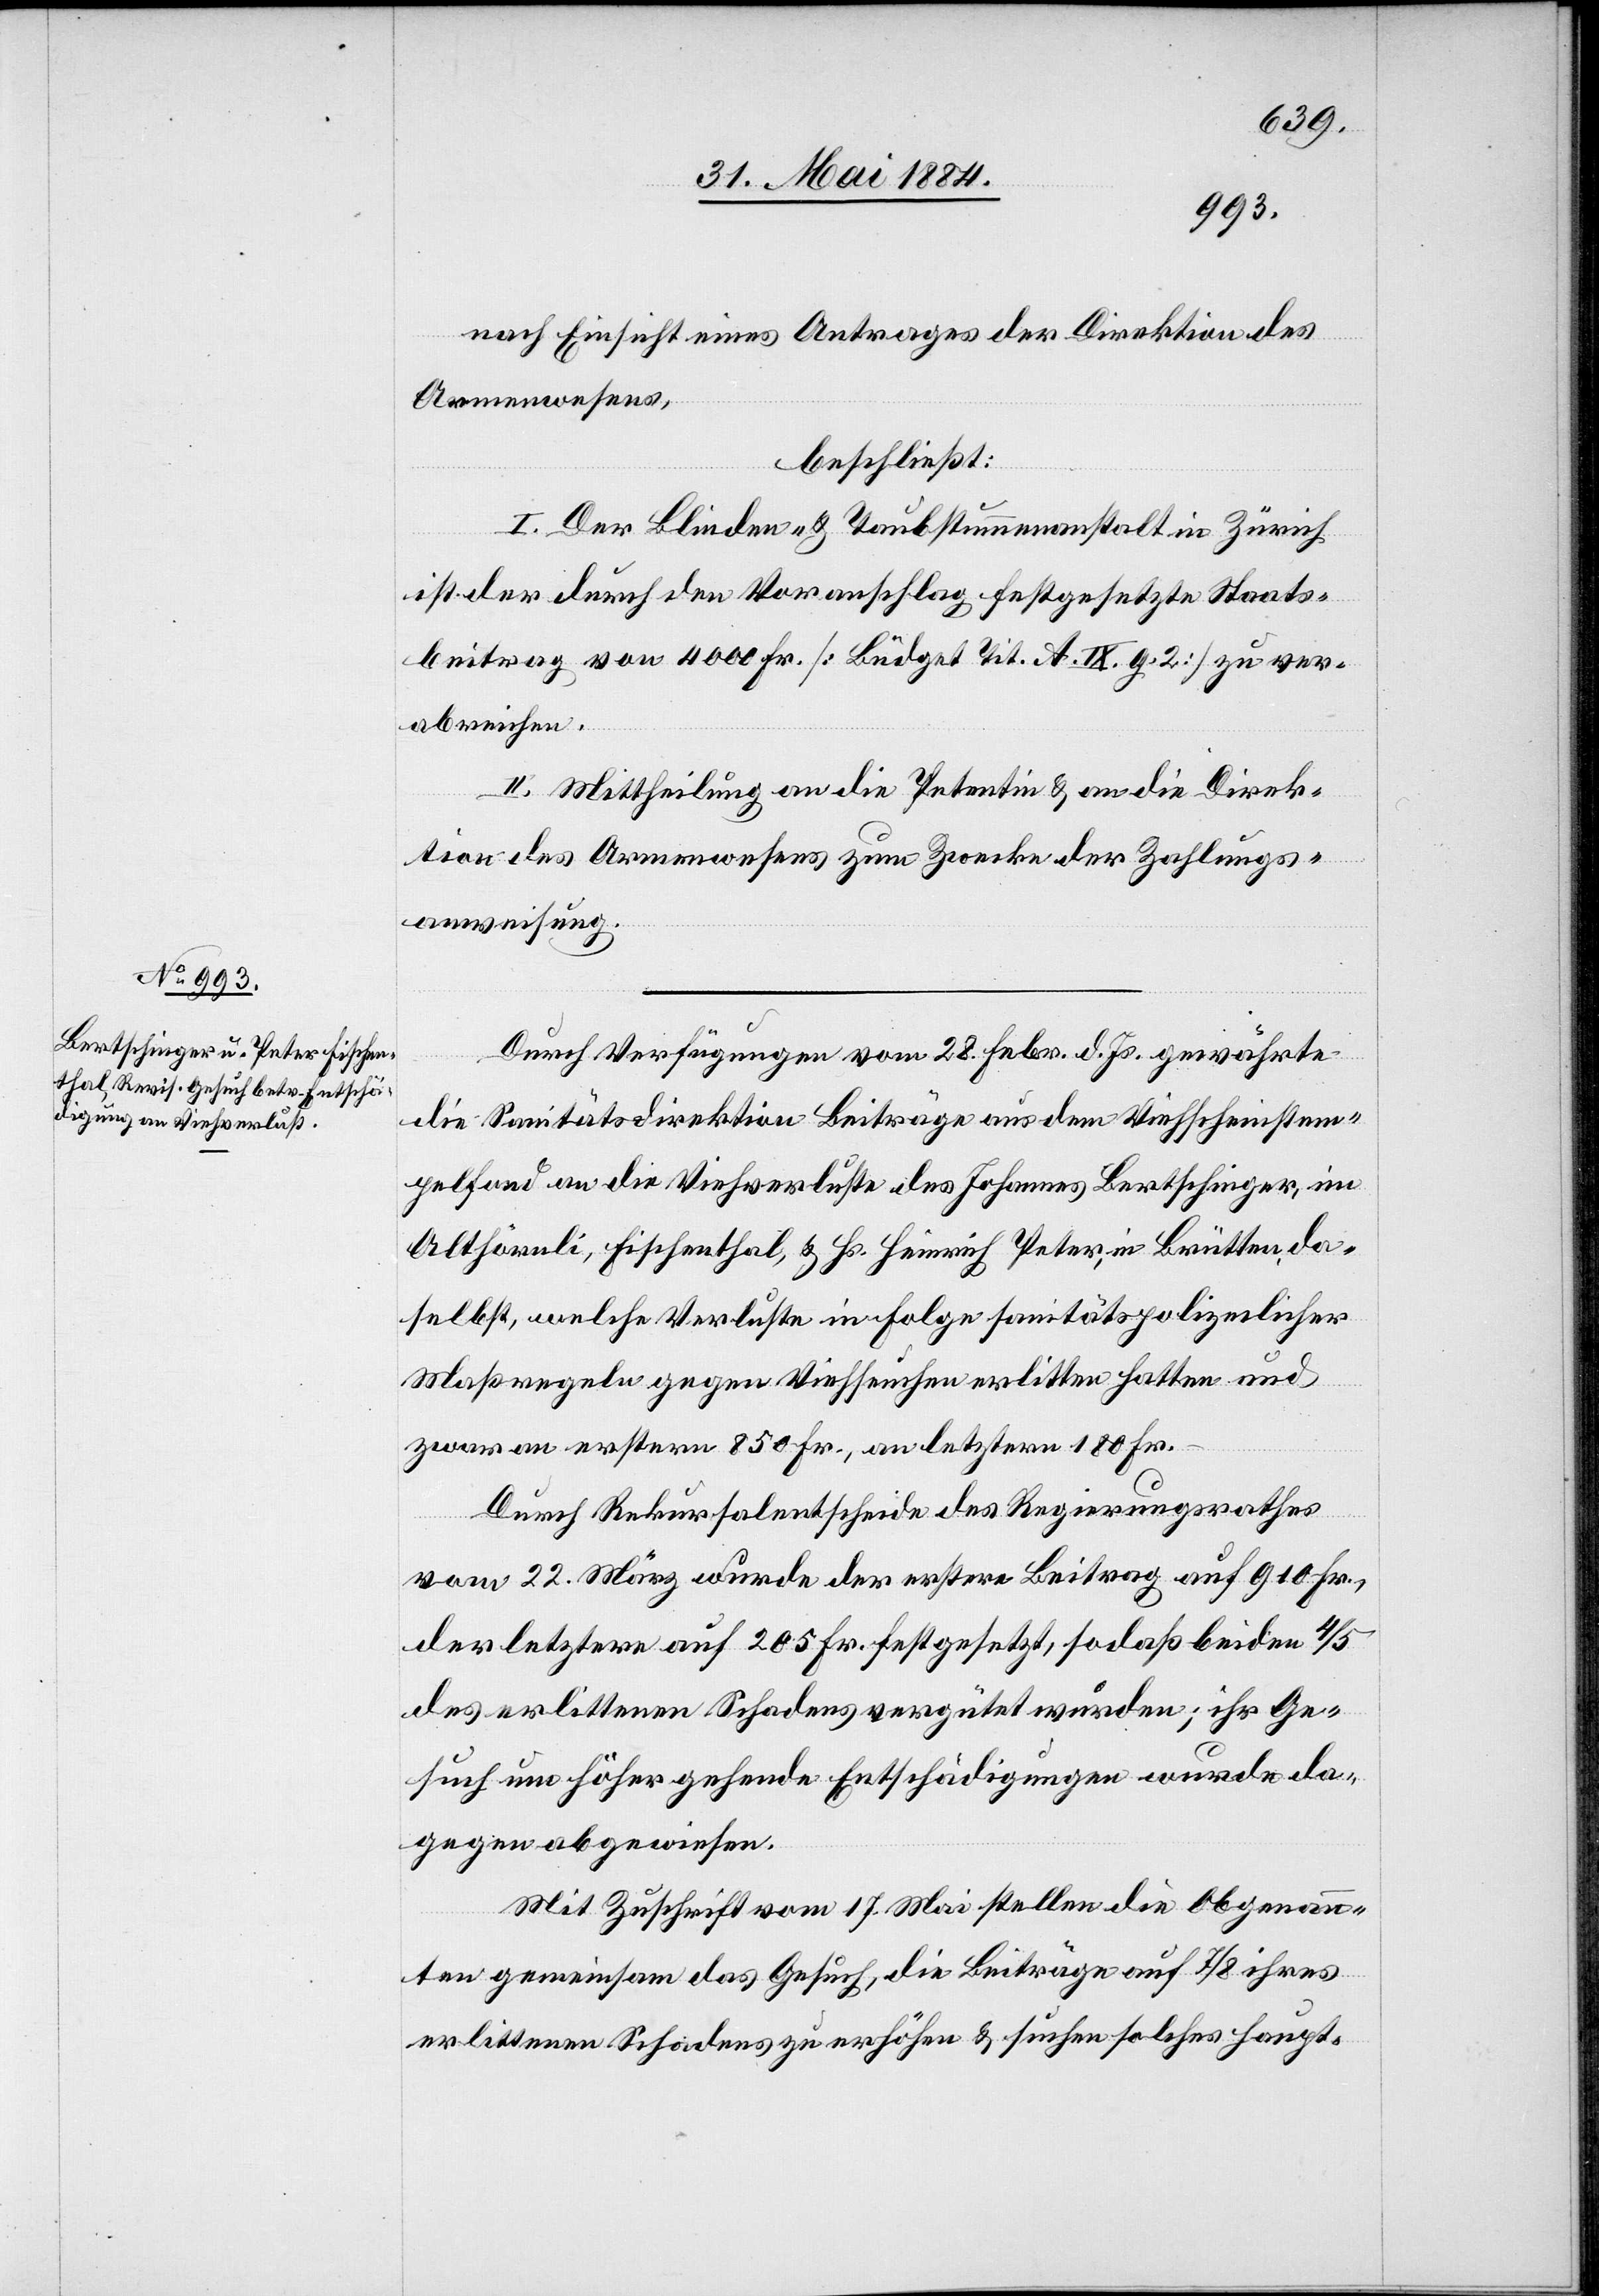
nach Einsicht eines Antrages der Direktion des
Armenwesens,
beschließt:
I. Der Blinden- & Taubstummenanstalt in Zürich
ist der durch den Voranschlag festgesetzte Staats¬
beitrag von 4000 Fr. [Büdget Tit. A. IX. g. 2] zu ver¬
abreichen.
II. Mittheilung an die Petentin & an die Direk¬
tion des Armenwesens zum Zwecke der Zahlungs¬
anweisung.
Durch Verfügungen vom 28. Febr. d. Js. gewährte
die Sanitätsdirektion Beiträge aus dem Viehscheinstem¬
pelfond an die Viehverluste des Johannes Bertschinger, im
Althörnli, Fischenthal, & Hs. Heinrich Peter, in Brütten, da¬
selbst, welche Verluste in Folge sanitätspolizeilicher
Maßregeln gegen Viehseuchen erlitten hatten und
zwar an erstern 850 Fr., an letztern 180 Fr.
Durch Rekursalentscheide des Regierungsrathes
vom 22. März wurde der erstere Beitrag auf 910 Fr.,
der letztere auf 205 Fr. festgesetzt, so daß beiden 4/5
des erlittenen Schadens vergütet wurden; ihr Ge¬
such um höher gehende Entschädigungen wurde da¬
gegen abgewiesen.
Mit Zuschrift vom 17. Mai stellen die Obgenann¬
ten gemeinsam das Gesuch, die Beiträge auf 7/8 ihres
erlittenen Schadens zu erhöhen & suchen solches haupt-